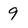
Character: 9